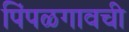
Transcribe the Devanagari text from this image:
पिंपळगावची